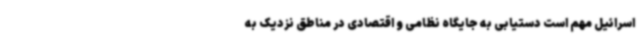
اسرائیل مهم است دستیابی به جایگاه نظامی و اقتصادی در مناطق نزدیک به